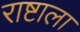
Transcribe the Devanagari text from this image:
राष्टाला